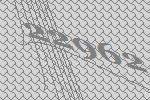
22962